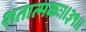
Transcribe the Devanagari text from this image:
शतात्मकः॥३१॥